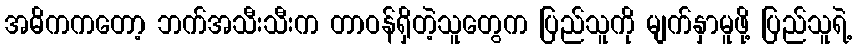
အဓိကကတော့ ဘက်အသီးသီးက တာဝန်ရှိတဲ့သူတွေက ပြည်သူကို မျက်နှာမူဖို့ ပြည်သူရဲ့